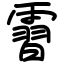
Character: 霫